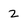
Character: 2